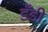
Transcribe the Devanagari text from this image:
डँडी